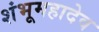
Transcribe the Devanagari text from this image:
शंभूमहादेव